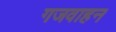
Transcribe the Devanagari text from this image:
गजवाहन